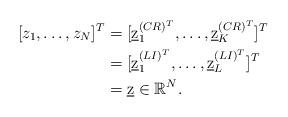
LaTeX: \begin{align*}[z_1, \dots, z_N ]^T &= [\underbar{z}^{(CR)^T}_1, \dots, \underbar{z}^{(CR)^T}_K ]^T \\ &= [\underbar{z}^{(LI)^T}_1, \dots, \underbar{z}^{(LI)^T}_L ]^T \\ &= \underbar{z} \in \mathbb{R}^N .\end{align*}